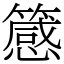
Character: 䉞